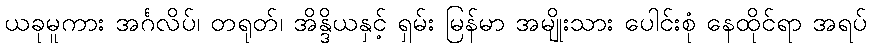
ယခုမူကား အင်္ဂလိပ်၊ တရုတ်၊ အိန္ဒိယနှင့် ရှမ်း မြန်မာ အမျိုးသား ပေါင်းစုံ နေထိုင်ရာ အရပ်